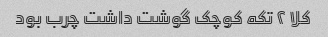
کلا ۲ تکه کوچک گوشت داشت چرب بود